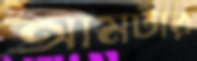
আমটার